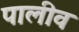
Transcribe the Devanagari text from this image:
पालीव